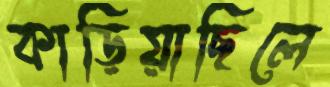
কাড়িয়াছিলে